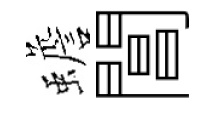
蟾閶